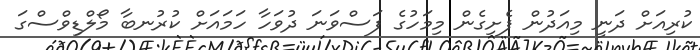
ކުރިއަށް ދަނީ މިއަދުން ފެށިގެން މިމަހުގެ ފަސްވަނަ ދުވަހާ ހަމައަށް ކުރުނބާ މޯލްޑިވްސްގަ